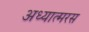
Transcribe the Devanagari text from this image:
अध्यात्मरस